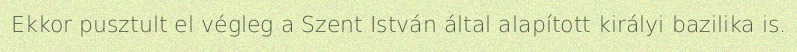
Ekkor pusztult el végleg a Szent István által alapított királyi bazilika is.